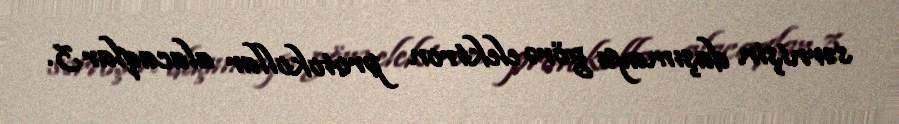
sərnişin daşımaya görə elektron protokollar alacaqlar.3.